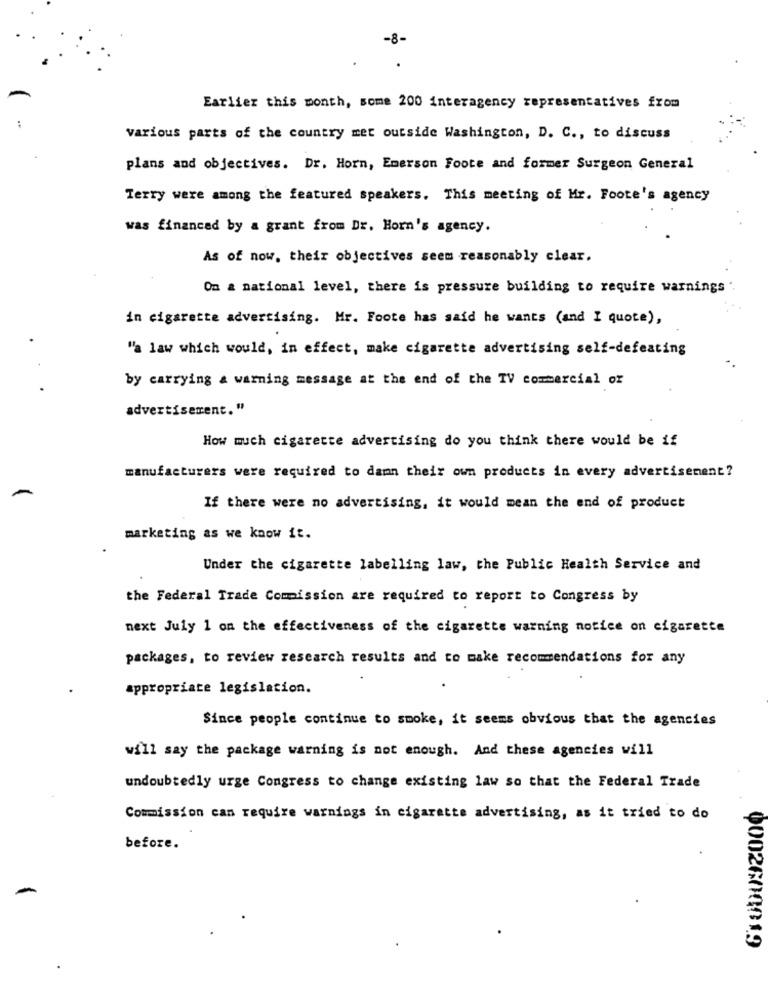
-8-
Earlier this month, some 200 interagency representatives from
various parts of the country met outside Washington, D. C ., to discuss
plans and objectives. Dr. Horn, Emerson Foote and former Surgeon General
Terry were among the featured speakers. This meeting of Mr. Foote's agency
was financed by a grant from Dr. Horn's agency.
As of now, their objectives seem reasonably clear.
Om a national level, there is pressure building to require warnings ".
in cigarette advertising. Mr. Foote has said he wants (and I quote),
"a law which would, in effect, make cigarette advertising self-defeating
by carrying a warning message at the end of the TV commercial of
advertisement."
How much cigarette advertising do you think there would be if
manufacturers were required to damn their own products in every advertisement?
If there were no advertising, it would mean the end of product
marketing as we know it.
Under the cigarette labelling law, the Public Health Service and
the Federal Trade Commission are required to report to Congress by
next July 1 on the effectiveness of the cigarette warning notice on cigarette
packages, to review research results and to make recommendations for any
appropriate legislation.
Since people continue to smoke, it seems obvious that the agencies
will say the package warning is not enough. And these agencies will
undoubtedly urge Congress to change existing law so that the Federal Trade
Commission can require warnings in cigarette advertising, as it tried to do
before.
0002600019